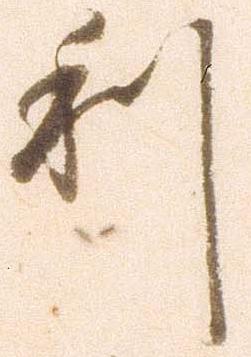
利